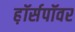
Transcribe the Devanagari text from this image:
ह़ॉर्सपॉवर